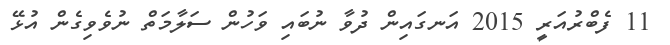
11 ފެބްރުއަރީ 2015 އަނގައިން ދުވާ ނުބައި ވަހުން ސަލާމަތް ނުވެވިގެން އުޅޭ